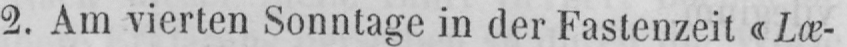
2. Am vierten Sonntage in der Fastenzeit «Læ-